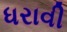
ધરાવી